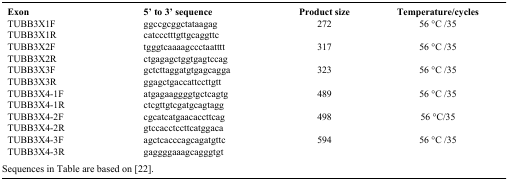
<table><thead><tr><td><b>Exon</b></td><td><b>5’ to 3’ sequence</b></td><td><b>Product size</b></td><td><b>Temperature/cycles</b></td></tr></thead><tbody><tr><td>TUBB3X1F</td><td>ggccgcggctataagag</td><td>272</td><td>56 °C /35</td></tr><tr><td>TUBB3X1R</td><td>catccctttgttgcaggttc</td><td> </td><td> </td></tr><tr><td>TUBB3X2F</td><td>tgggtcaaaagccctaatttt</td><td>317</td><td>56 °C /35</td></tr><tr><td>TUBB3X2R</td><td>ctgagagctggtgagtccag</td><td> </td><td> </td></tr><tr><td>TUBB3X3F</td><td>gctcttaggatgtgagcagga</td><td>323</td><td>56 °C /35</td></tr><tr><td>TUBB3X3R</td><td>ggagctgaccattccttgtt</td><td> </td><td> </td></tr><tr><td>TUBB3X4-1F</td><td>atgagaaggggtgctcagtg</td><td>489</td><td>56 °C /35</td></tr><tr><td>TUBB3X4-1R</td><td>ctcgttgtcgatgcagtagg</td><td> </td><td> </td></tr><tr><td>TUBB3X4-2F</td><td>cgcatcatgaacaccttcag</td><td>498</td><td>56 °C/35</td></tr><tr><td>TUBB3X4-2R</td><td>gtccacctccttcatggaca</td><td> </td><td> </td></tr><tr><td>TUBB3X4-3F</td><td>agctcacccagcagatgttc</td><td>594</td><td>56 °C /35</td></tr><tr><td>TUBB3X4-3R</td><td>gaggggaaagcagggtgt</td><td> </td><td> </td></tr></tbody></table>